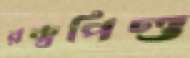
রক্তপিণ্ড